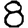
Digit: 8